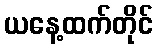
ယနေ့ထက်တိုင်